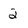
Character: 2